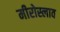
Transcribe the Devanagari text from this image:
मीरोस्लाव